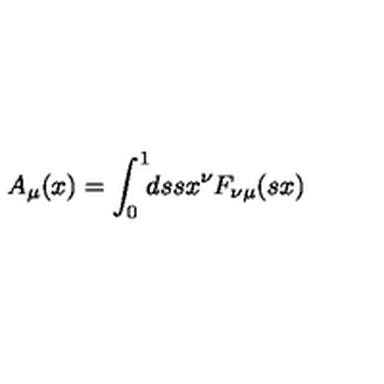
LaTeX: A _ { \mu } ( x ) = \int _ { 0 } ^ { 1 } \! \! d s s x ^ { \nu } F _ { \nu \mu } ( s x )